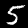
Label: 5